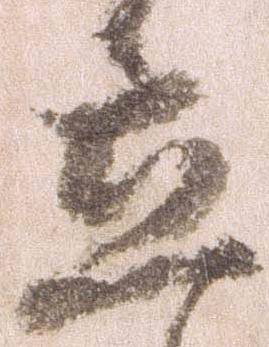
立